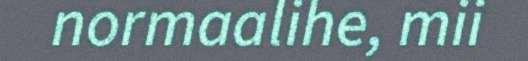
normaalihe, mii